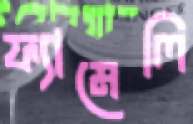
ফ্যামেলি